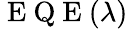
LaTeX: \mathrm{~E~Q~E~}(\lambda)